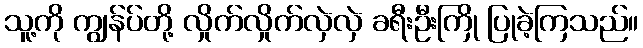
သူ့ကို ကျွန်ပ်တို့ လှိုက်လှိုက်လှဲလှဲ ခရီးဦးကြို ပြုခဲ့ကြသည်။